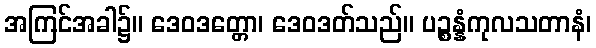
အကြင်အခါ၌။ ဒေဝဒတ္တော၊ ဒေဝဒတ်သည်။ ပဉ္စန္နံကုလသတာနံ၊